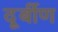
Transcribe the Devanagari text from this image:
दूर्बीण